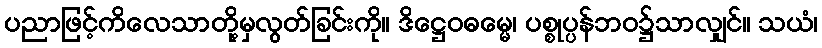
ပညာဖြင့်ကိလေသာတို့မှလွတ်ခြင်းကို။ ဒိဋ္ဌေဝဓမ္မေ၊ ပစ္စုပ္ပန်ဘဝ၌သာလျှင်။ သယံ၊